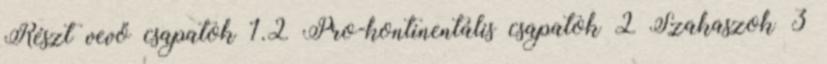
Részt vevő csapatok 1.2 Pro-kontinentális csapatok 2 Szakaszok 3